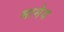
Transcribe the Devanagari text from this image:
मामेव